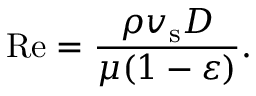
\mathrm { R e } = { \frac { \rho v _ { \mathrm { s } } D } { \mu ( 1 - \varepsilon ) } } .